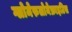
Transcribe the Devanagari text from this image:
ग्लोमेरुलोनेफ्राइटिस